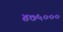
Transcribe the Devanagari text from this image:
४७५०००